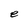
Character: e